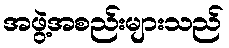
အဖွဲ့အစည်းများသည်